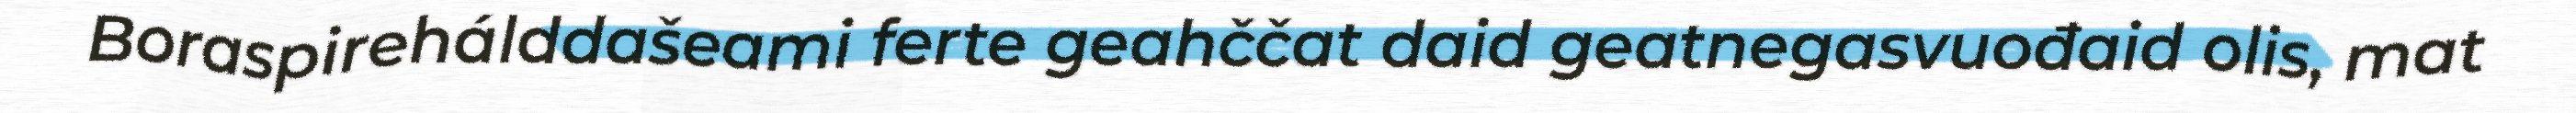
Boraspirehálddašeami ferte geahččat daid geatnegasvuođaid olis, mat